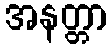
အနတ္တာ